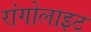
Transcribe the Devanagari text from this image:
रांगोलाइट